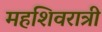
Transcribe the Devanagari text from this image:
महशिवरात्री